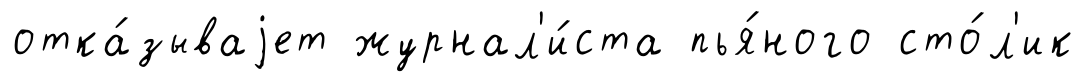
отка́зываjет журнал'и́ста пья́ного сто́л'ик